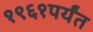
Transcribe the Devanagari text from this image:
१९६१पर्यंत